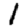
Digit: 1